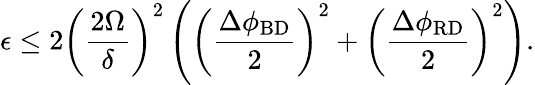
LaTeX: \epsilon\leq 2\left(\frac{2\Omega}{\delta}\right)^{2}\left(\left(\frac{\Delta\phi_{\mathrm{BD}}}{2}\right)^{2}+\left(\frac{\Delta\phi_{\mathrm{RD}}}{2}\right)^{2}\right).